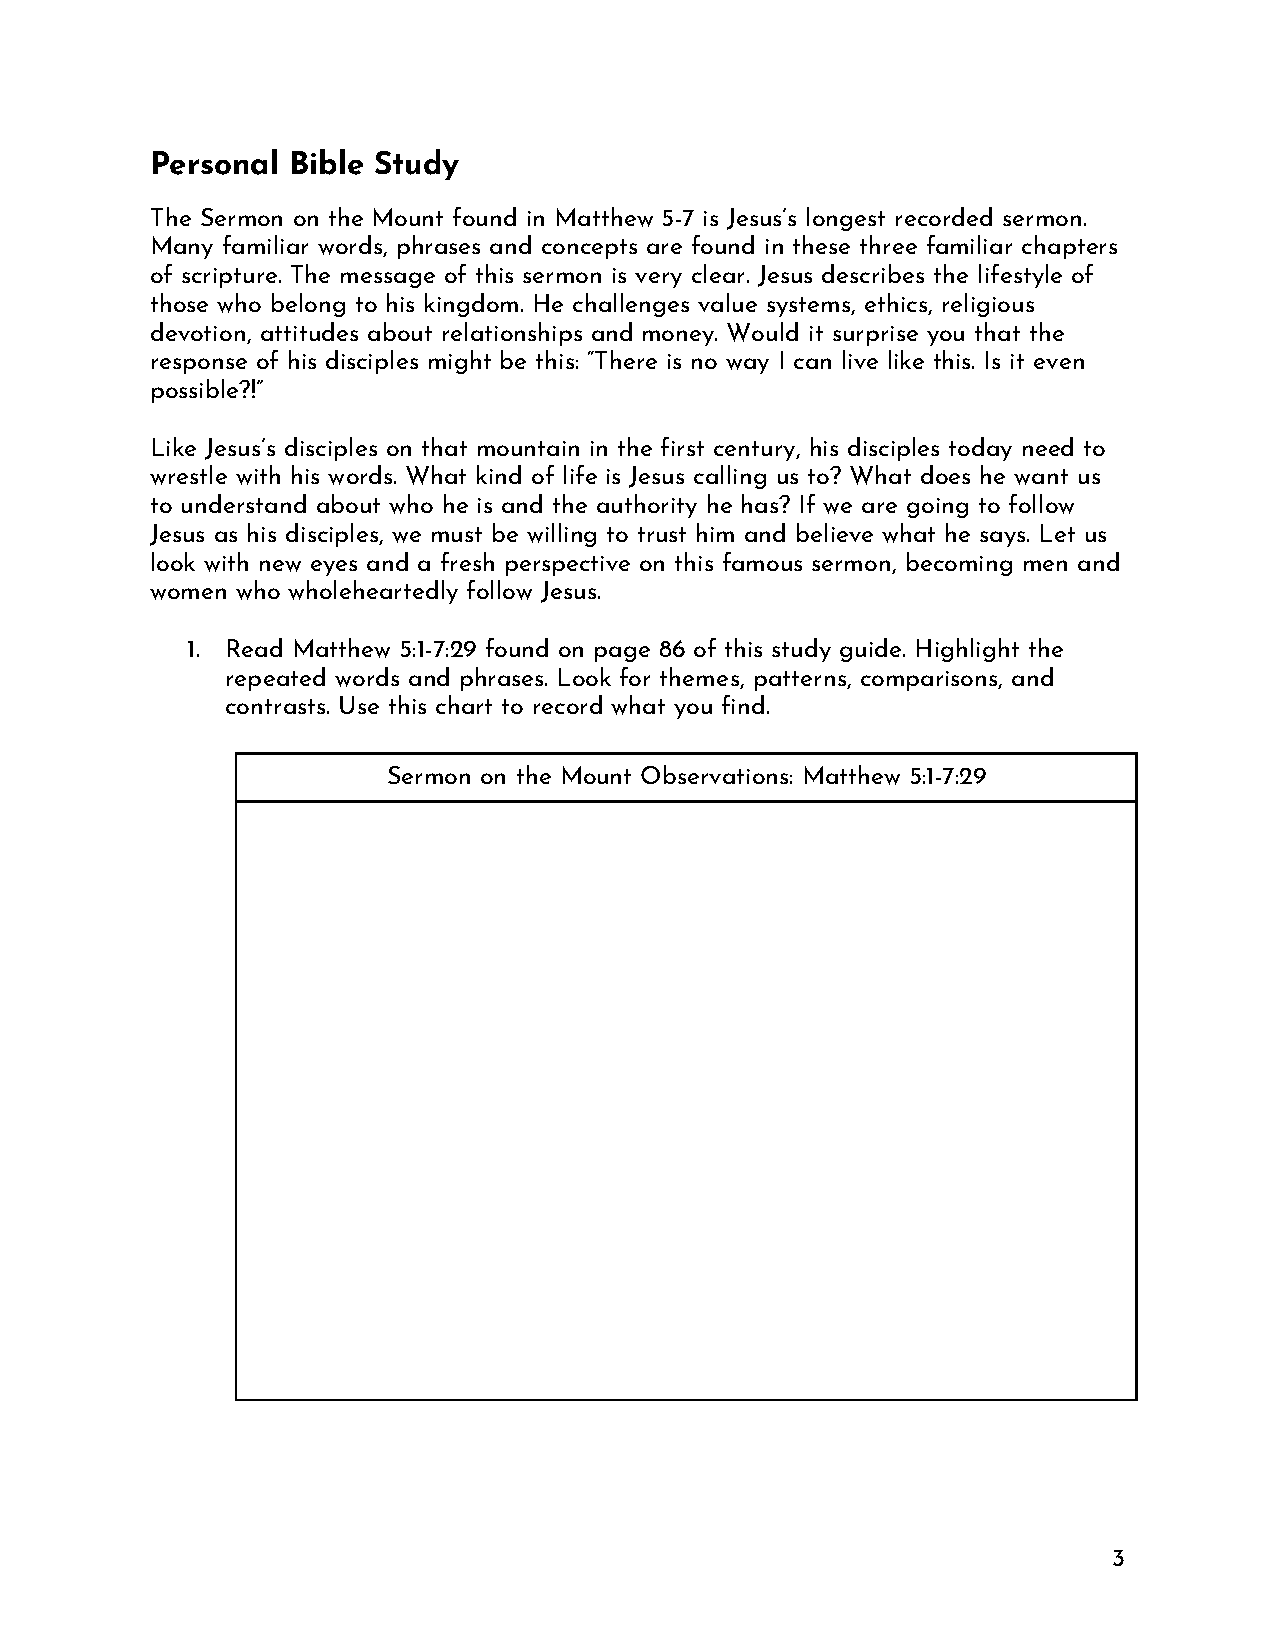
Personal Bible Study
 The Sermon on the Mount found in Matthew 5-7 is Jesus’s longest recorded sermon.
 Many familiar words, phrases and concepts are found in these three familiar chapters
 of scripture. The message of this sermon is very clear. Jesus describes the lifestyle of
 those who belong to his kingdom. He challenges value systems, ethics, religious
 devotion, attitudes about relationships and money. Would it surprise you that the
 response of his disciples might be this: “There is no way I can live like this. Is it even
 possible?!”
 Like Jesus’s disciples on that mountain in the first century, his disciples today need to
 wrestle with his words. What kind of life is Jesus calling us to? What does he want us
 to understand about who he is and the authority he has? If we are going to follow
 Jesus as his disciples, we must be willing to trust him and believe what he says. Let us
 look with new eyes and a fresh perspective on this famous sermon, becoming men and
 women who wholeheartedly follow Jesus.
 1. Read Matthew 5:1-7:29 found on page 86 of this study guide. Highlight the
 repeated words and phrases. Look for themes, patterns, comparisons, and
 contrasts. Use this chart to record what you find.
 Sermon on the Mount Observations: Matthew 5:1-7:29
 3